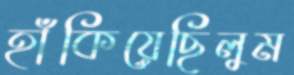
হাঁকিয়েছিলুম